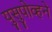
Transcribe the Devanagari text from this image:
युसुपोव्हने